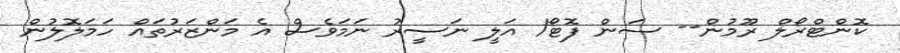
ކޮންޓްރޯލް ރޫމުން-- ސަން ފޮޓޯ/ އަލީ ނަސީރު ނަމަވެސް އެ މަންޒަރުތައް ހަމަލޮލުން